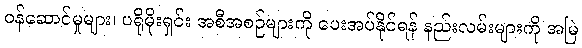
ဝန်ဆောင်မှုများ၊ ပရိုမိုးရှင်း အစီအစဉ်များကို ပေးအပ်နိုင်ရန် နည်းလမ်းများကို အမြဲ